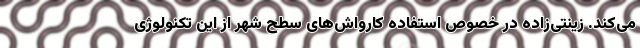
می‌کند. زینتی‌زاده در خصوص استفاده کارواش‌های سطح شهر از این تکنولوژی